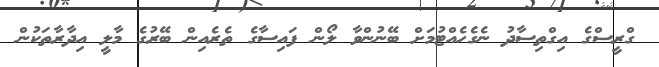
ގްރީސްގެ އިގްތިސާދު ނެގެހެއްޓުމަށް ބޭނުންވާ ލޯން ފައިސާގެ ތެރެއިން ބޭރުގެ މާލީ އިދާރާތަކުން